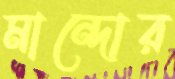
মান্দোর